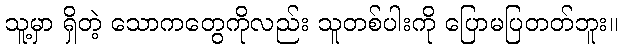
သူ့မှာ ရှိတဲ့ သောကတွေကိုလည်း သူတစ်ပါးကို ပြောမပြတတ်ဘူး။